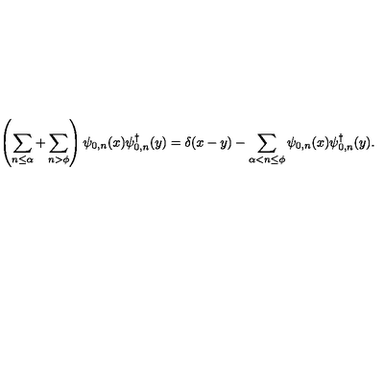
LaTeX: \left( \sum _ { n \leq \alpha } + \sum _ { n > \phi } \right) \psi _ { 0 , n } ( x ) \psi _ { 0 , n } ^ { \dagger } ( y ) = \delta ( x - y ) - \sum _ { \alpha < n \leq \phi } \psi _ { 0 , n } ( x ) \psi _ { 0 , n } ^ { \dagger } ( y ) .